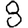
Digit: 8